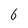
Character: 6